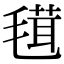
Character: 𣯏